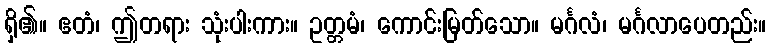
ရှိ၏။ ဧတံ၊ ဤတရား သုံးပါးကား။ ဥတ္တမံ၊ ကောင်းမြတ်သော။ မင်္ဂလံ၊ မင်္ဂလာပေတည်း။